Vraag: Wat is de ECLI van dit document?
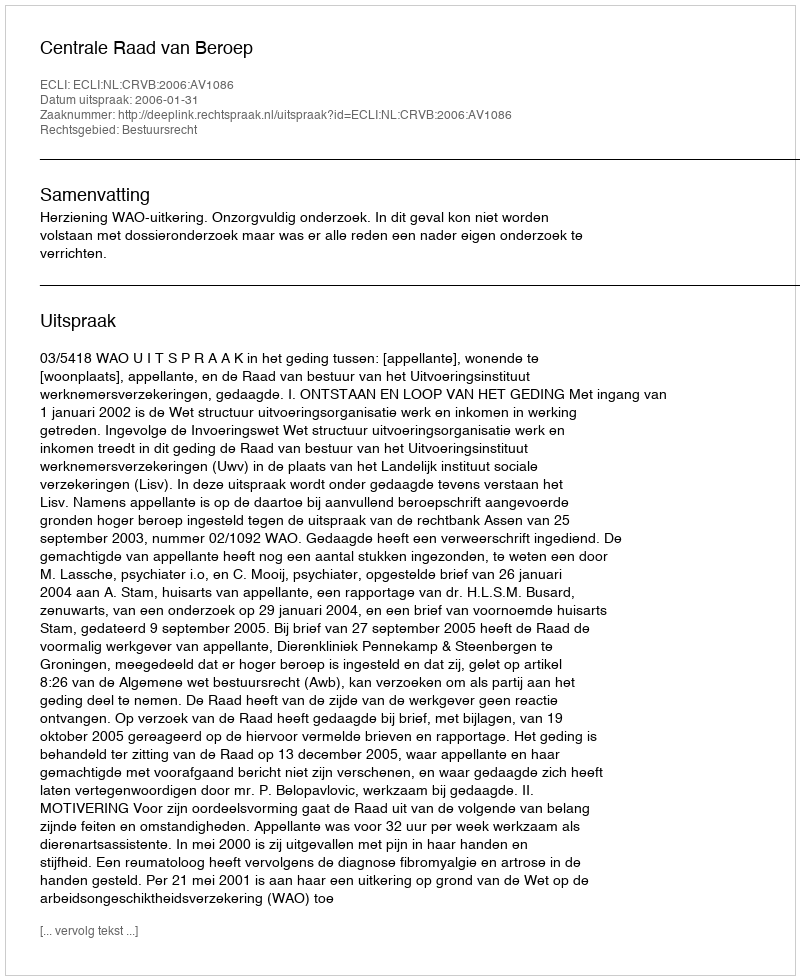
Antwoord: ECLI:NL:CRVB:2006:AV1086